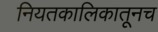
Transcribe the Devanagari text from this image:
नियतकालिकातूनच